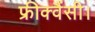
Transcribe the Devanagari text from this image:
फ्रीक्वैंसी।